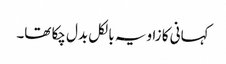
کہانی کا زاویہ بالکل بدل چکا تھا۔